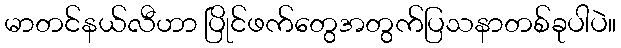
မာတင်နယ်လီဟာ ပြိုင်ဖက်တွေအတွက်ပြသနာတစ်ခုပါပဲ။